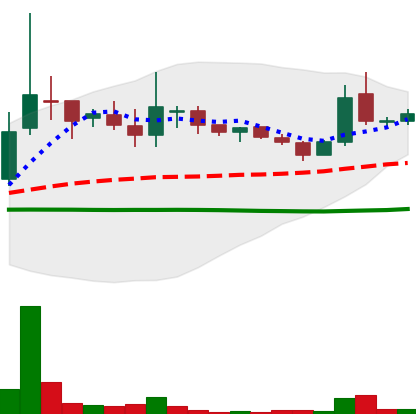
Ticker: LINK-USD
Chart end date: 2018-10-08
Forward return: -7.201%
Label: down_7plus